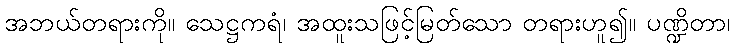
အဘယ်တရားကို။ သေဋ္ဌကရံ၊ အထူးသဖြင့်မြတ်သော တရားဟူ၍။ ပဏ္ဍိတာ၊